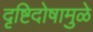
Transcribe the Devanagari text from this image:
दृष्टिदोषामुळे